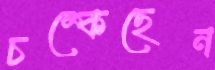
চম্‌কেছেন